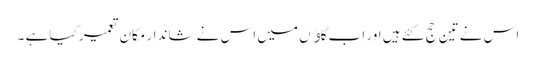
اس نے تین حج کئے ہیں اور اب گاﺅں میں اس نے شاندار مکان تعمیر کیا ہے ۔